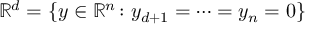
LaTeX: \mathbb { R } ^ { d } = \{ y \in \mathbb { R } ^ { n } \colon y _ { d + 1 } = \cdots = y _ { n } = 0 \}